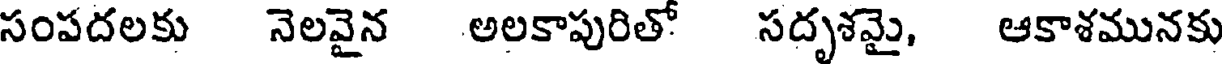
సంపదలకు నెలవైన అలకాపురితో సదృశమై, ఆకాశమునకు